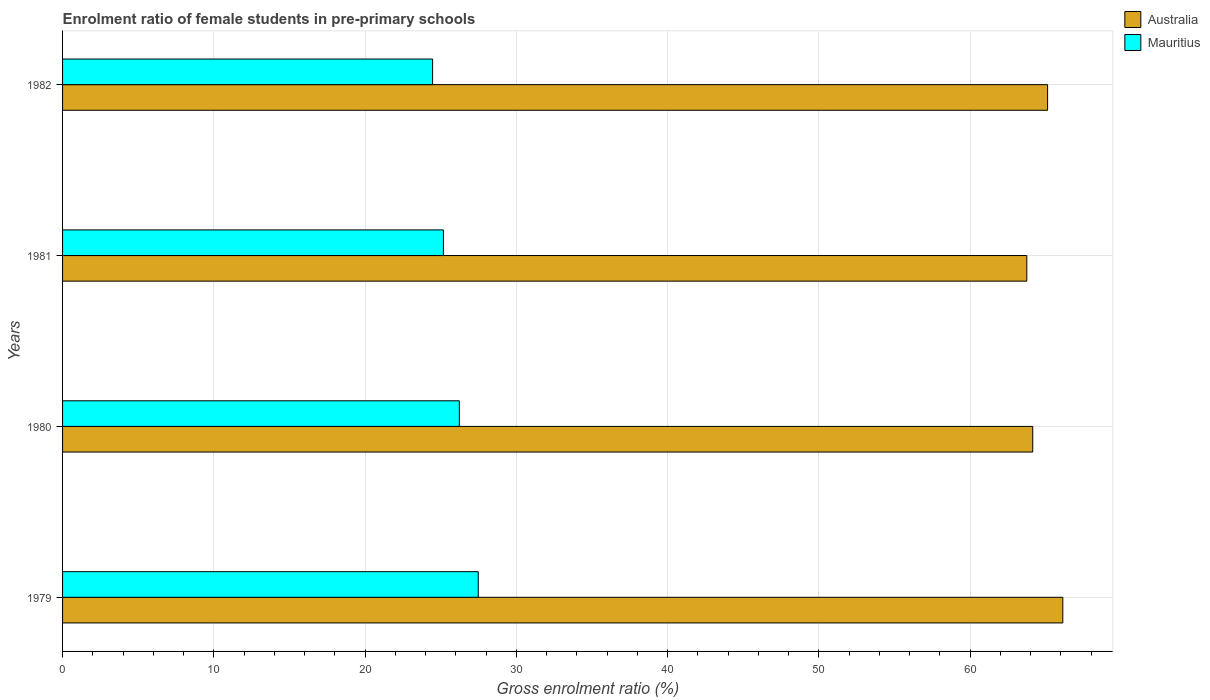
| Years | Australia | Mauritius |
 | --- | --- | --- |
 | 1979 | 66.1 | 27.5 |
 | 1980 | 64.1 | 26.2 |
 | 1981 | 63.7 | 25.2 |
 | 1982 | 65.1 | 24.5 |